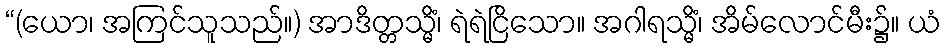
“(ယော၊ အကြင်သူသည်။) အာဒိတ္တသ္မိံ၊ ရဲရဲငြိသော။ အဂါရသ္မိံ၊ အိမ်လောင်မီး၌။ ယံ